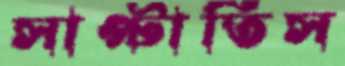
সাপ্‌টাতিস